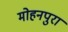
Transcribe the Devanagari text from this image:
मोहनपुरा